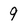
Character: 9